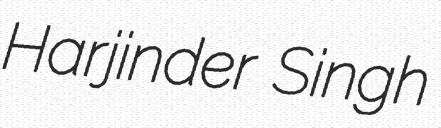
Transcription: Harjinder Singh